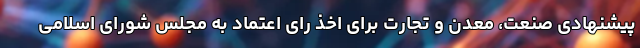
پیشنهادی صنعت، معدن و تجارت برای اخذ رای اعتماد به مجلس شورای اسلامی